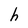
Character: h